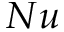
N u